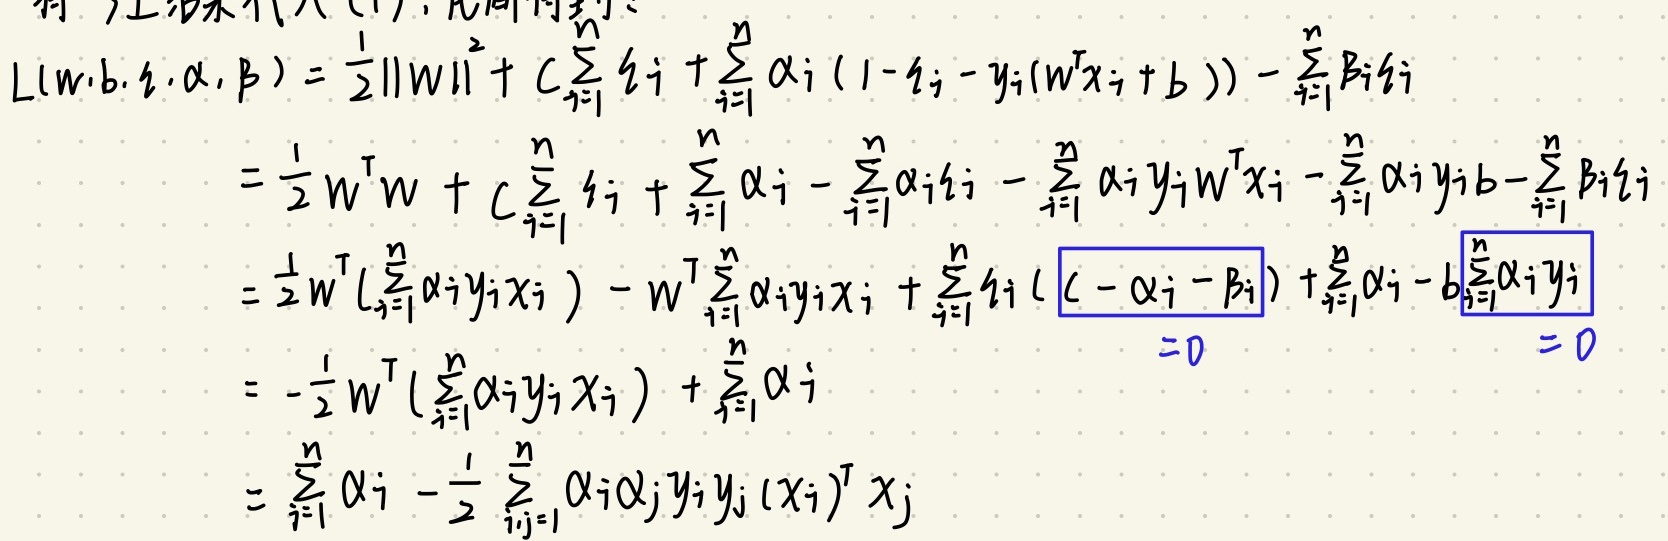
\[
\begin{align*}
L(w, b, \xi, \alpha, \beta) &= \frac{1}{2}\|w\|^2 + C\sum_{i = 1}^{n}\xi_i+\sum_{i = 1}^{n}\alpha_i(1 - \xi_i - y_i(w^Tx_i + b))-\sum_{i = 1}^{n}\beta_i\xi_i\\
&=\frac{1}{2}w^Tw + C\sum_{i = 1}^{n}\xi_i+\sum_{i = 1}^{n}\alpha_i-\sum_{i = 1}^{n}\alpha_i\xi_i-\sum_{i = 1}^{n}\alpha_iy_iw^Tx_i-\sum_{i = 1}^{n}\alpha_iy_ib-\sum_{i = 1}^{n}\beta_i\xi_i\\
&=\frac{1}{2}w^T(\sum_{i = 1}^{n}\alpha_iy_ix_i)-w^T\sum_{i = 1}^{n}\alpha_iy_ix_i+\sum_{i = 1}^{n}\xi_i(C - \alpha_i - \beta_i)+\sum_{i = 1}^{n}\alpha_i - b\sum_{i = 1}^{n}\alpha_iy_i\\
&=-\frac{1}{2}w^T(\sum_{i = 1}^{n}\alpha_iy_ix_i)+\sum_{i = 1}^{n}\alpha_i\\
&=\sum_{i = 1}^{n}\alpha_i-\frac{1}{2}\sum_{i,j = 1}^{n}\alpha_i\alpha_jy_iy_j(x_i)^Tx_j
\end{align*}
\]